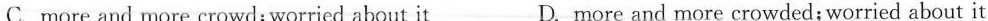
C. more and more crowd; worried about it D. more and more crowded; worried about it